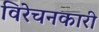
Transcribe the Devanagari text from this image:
विरेचनकारी